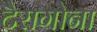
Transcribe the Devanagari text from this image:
टैरागोना